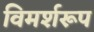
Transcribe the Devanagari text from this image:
विमर्शरूप